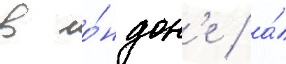
в ло́ндон'е / а́